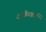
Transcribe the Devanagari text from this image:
क्षत्रियकर्म